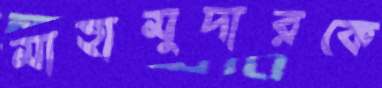
মাহামুদারকে